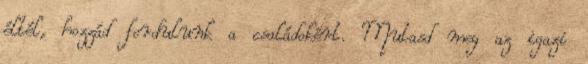
éltél, hozzád fordulunk a családokért. Mutasd meg az igazi